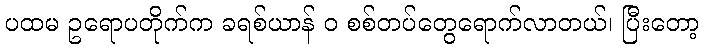
ပထမ ဥရောပတိုက်က ခရစ်ယာန် ဝ စစ်တပ်တွေရောက်လာတယ်၊ ပြီးတော့